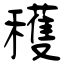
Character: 穫